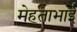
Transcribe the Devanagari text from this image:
मेहताभाई